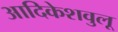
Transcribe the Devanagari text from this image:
आदिकेशवुलू